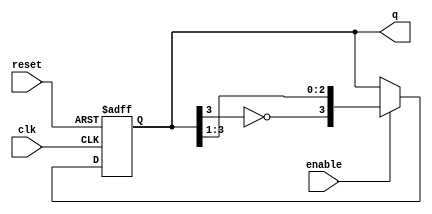
module johnson_counter (
    input wire clk,          // Clock input
    input wire reset,        // Asynchronous reset
    input wire enable,       // Enable signal
    output reg [3:0] q       // 4-bit output representing the current state
);

    // State transition logic
    always @(posedge clk or posedge reset) begin
        if (reset) begin
            q <= 4'b0000;    // Initialize to state 0 on reset
        end else if (enable) begin
            // Johnson Counter state transition
            q <= {~q[3], q[3:1]}; // Shift right and invert the last bit for the first flip-flop
        end
    end

endmodule